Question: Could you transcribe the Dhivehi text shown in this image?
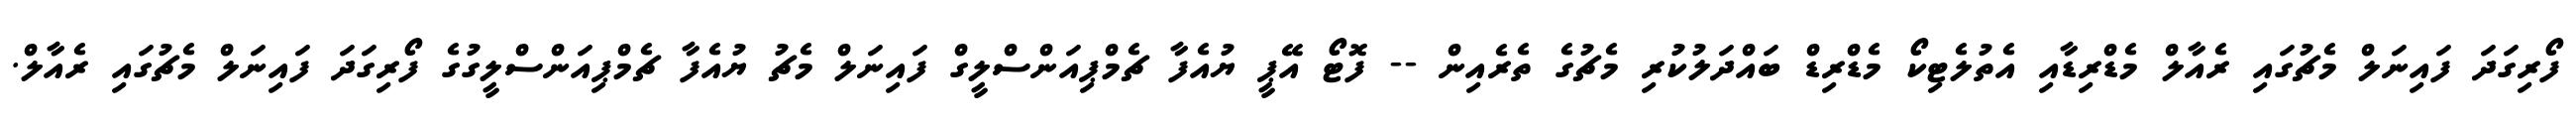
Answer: ފޯރިގަދަ ފައިނަލް މެޗުގައި ރެއާލް މެޑްރިޑާއި އެތުލެޓިކޯ މެޑްރިޑް ބައްދަލުކުރި މެޗުގެ ތެރެއިން -- ފޮޓޯ އޭޕީ ޔުއެފާ ޗެމްޕިއަންސްލީގް ފައިނަލް މެޗު ޔުއެފާ ޗެމްޕިއަންސްލީގުގެ ފޯރިގަދަ ފައިނަލް މެޗުގައި ރެއާލް.